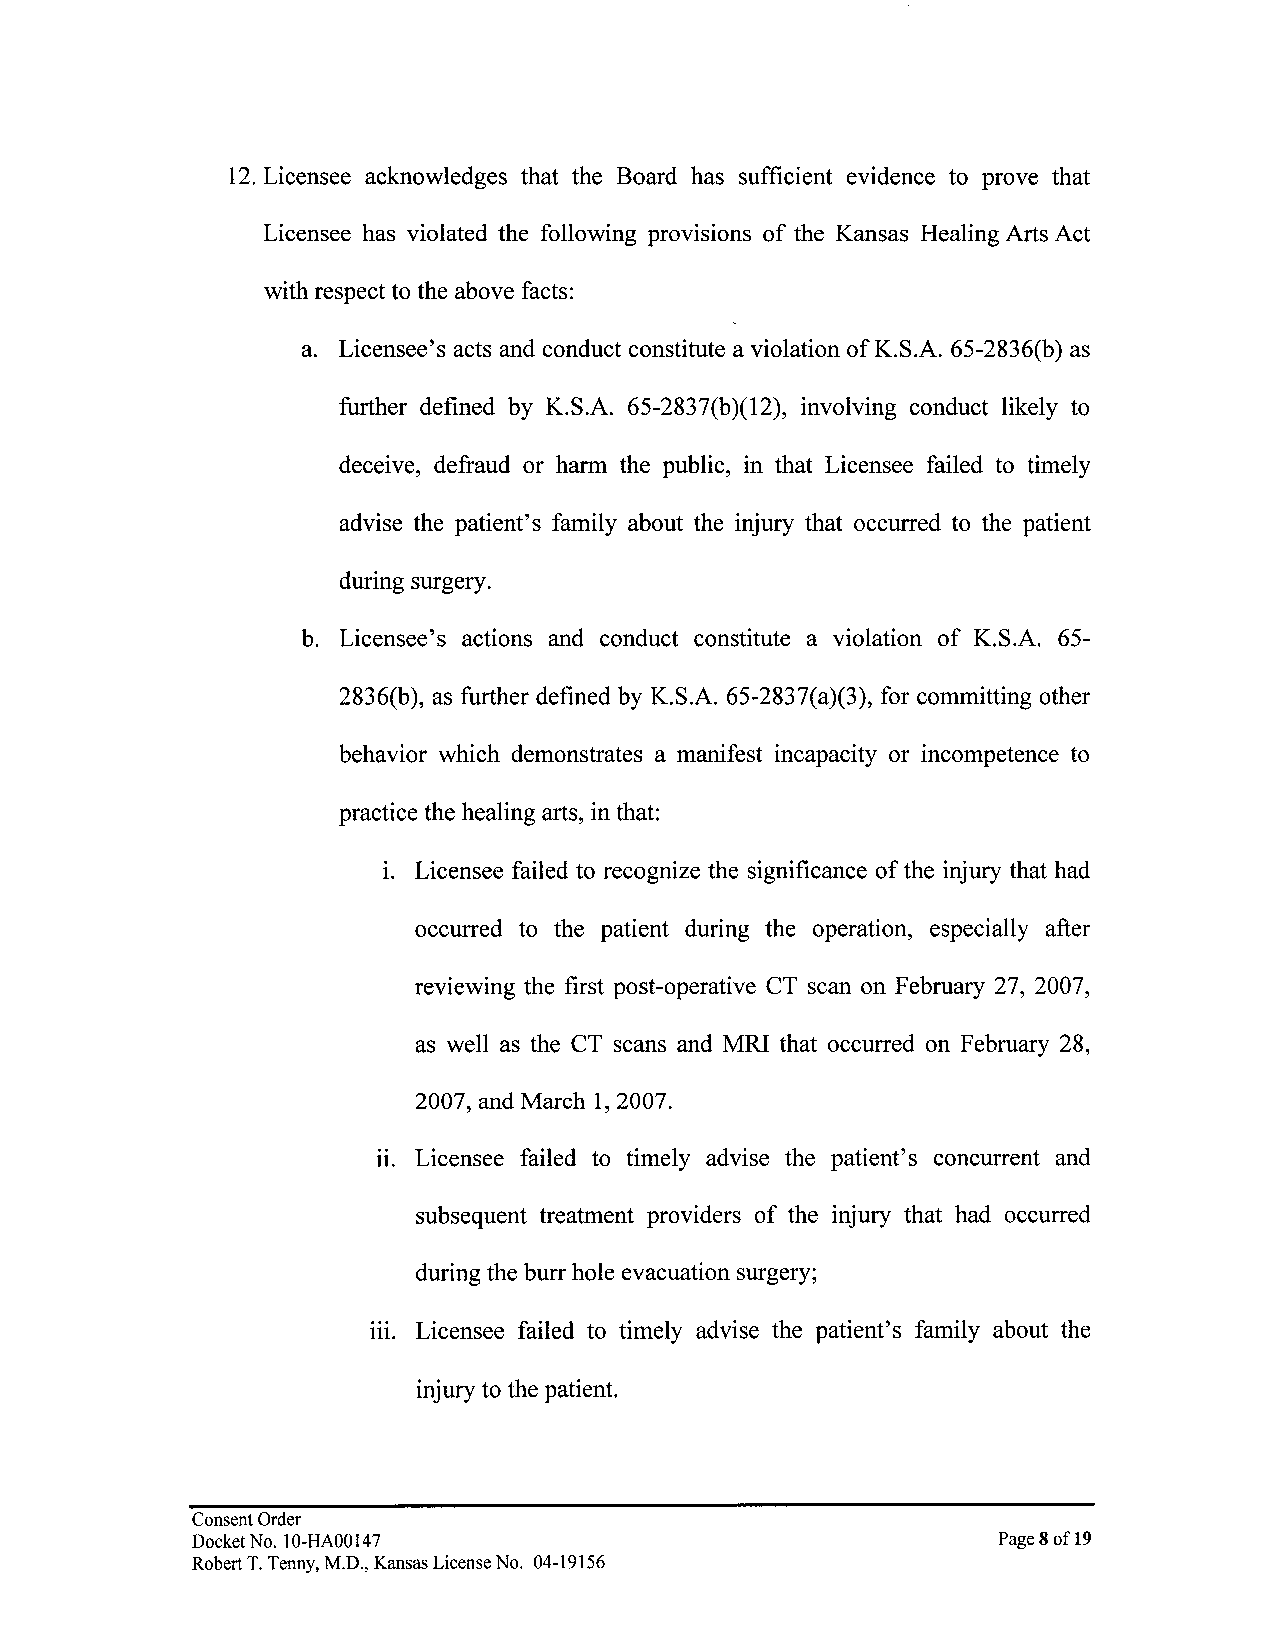
12. Licensee acknowledges that the Board has sufficient evidence to prove that
 Licensee has violated the following provisions of the Kansas Healing Arts Act
 with respect to the above facts:
 a. Licensee's acts and conduct constitute a violation of K.S.A. 65-2836(b) as
 further defined by K.S.A. 65-2837(b)(12), involving conduct likely to
 deceive, defraud or harm the public, in that Licensee failed to timely
 advise the patient's family about the injury that occurred to the patient
 during surgery.
 b. Licensee's actions and conduct constitute a violation of K.S.A. 65-
 2836(b), as further defined by K.S.A. 65-2837(a)(3), for committing other
 behavior which demonstrates a manifest incapacity or incompetence to
 practice the healing arts, in that:
 Licensee failed to recognize the significance of the injury that had
 1.
 occurred to the patient during the operation, especially after
 reviewing the first post-operative CT scan on February 27, 2007,
 as well as the CT scans and MRI that occurred on February 28,
 2007, and March 1, 2007.
 n. Licensee failed to timely advise the patient's concurrent and
 subsequent treatment providers of the injury that had occurred
 during the burr hole evacuation surgery;
 111. Licensee failed to timely advise the patient's family about the
 injury to the patient.
 Consent Order
 Docket No. 10-HAOOI47                                Page 8 of19
 Robert T. Tenny, M.D., Kansas License No. 04-19156